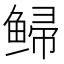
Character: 𫚡